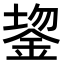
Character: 𬫔